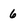
Character: 6